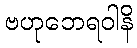
ဗဟုဘေရဝါနိ